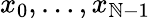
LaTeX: x_{0},\ldots,x_{\mathbb{N}-1}